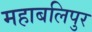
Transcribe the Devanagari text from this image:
महाबलिपुर